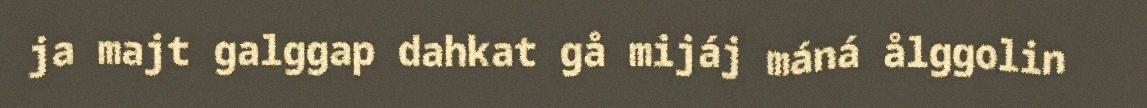
ja majt galggap dahkat gå mijáj máná ålggolin